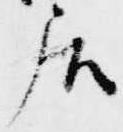
居